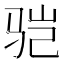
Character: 𩧱